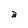
Character: a